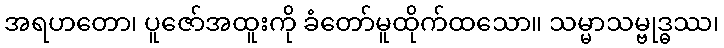
အရဟတော၊ ပူဇော်အထူးကို ခံတော်မူထိုက်ထသော။ သမ္မာသမ္ဗုဒ္ဓဿ၊